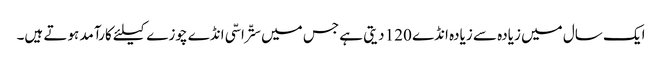
ایک سال میں زیادہ سے زیادہ انڈے 120 دیتی ہے جس میں ستّراسّی انڈے چوزے کیلئے کارآمد ہوتے ہیں۔